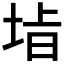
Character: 𭎡